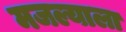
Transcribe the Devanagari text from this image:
मजल्याला